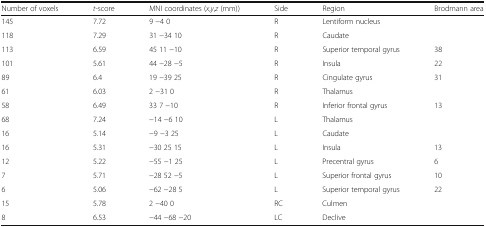
<table><thead><tr><td><b>Number of voxels</b></td><td><b><i>t</i>-score</b></td><td><b>MNI coordinates (<i>x</i>,<i>y</i>,<i>z</i> (mm))</b></td><td><b>Side</b></td><td><b>Region</b></td><td><b>Brodmann area</b></td></tr></thead><tbody><tr><td>145</td><td>7.72</td><td>9 −4 0</td><td>R</td><td>Lentiform nucleus</td><td></td></tr><tr><td>118</td><td>7.29</td><td>31 −34 10</td><td>R</td><td>Caudate</td><td></td></tr><tr><td>113</td><td>6.59</td><td>45 11 −10</td><td>R</td><td>Superior temporal gyrus</td><td>38</td></tr><tr><td>101</td><td>5.61</td><td>44 −28 −5</td><td>R</td><td>Insula</td><td>22</td></tr><tr><td>89</td><td>6.4</td><td>19 −39 25</td><td>R</td><td>Cingulate gyrus</td><td>31</td></tr><tr><td>61</td><td>6.03</td><td>2 −31 0</td><td>R</td><td>Thalamus</td><td></td></tr><tr><td>58</td><td>6.49</td><td>33 7 −10</td><td>R</td><td>Inferior frontal gyrus</td><td>13</td></tr><tr><td>68</td><td>7.24</td><td>−14 −6 10</td><td>L</td><td>Thalamus</td><td></td></tr><tr><td>16</td><td>5.14</td><td>−9 −3 25</td><td>L</td><td>Caudate</td><td></td></tr><tr><td>16</td><td>5.31</td><td>−30 25 15</td><td>L</td><td>Insula</td><td>13</td></tr><tr><td>12</td><td>5.22</td><td>−55 −1 25</td><td>L</td><td>Precentral gyrus</td><td>6</td></tr><tr><td>7</td><td>5.71</td><td>−28 52 −5</td><td>L</td><td>Superior frontal gyrus</td><td>10</td></tr><tr><td>6</td><td>5.06</td><td>−62 −28 5</td><td>L</td><td>Superior temporal gyrus</td><td>22</td></tr><tr><td>15</td><td>5.78</td><td>2 −40 0</td><td>RC</td><td>Culmen</td><td></td></tr><tr><td>8</td><td>6.53</td><td>−44 −68 −20</td><td>LC</td><td>Declive</td><td></td></tr></tbody></table>